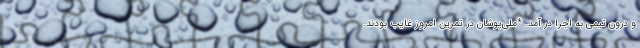
و درون تیمی به اجرا در آمد. *ملی‌پوشان در تمرین امروز غایب بودند.